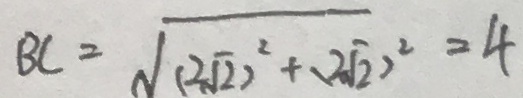
B C = \sqrt { ( 2 \sqrt { 2 } ) ^ { 2 } + ( 2 \sqrt { 2 } ) ^ { 2 } } = 4